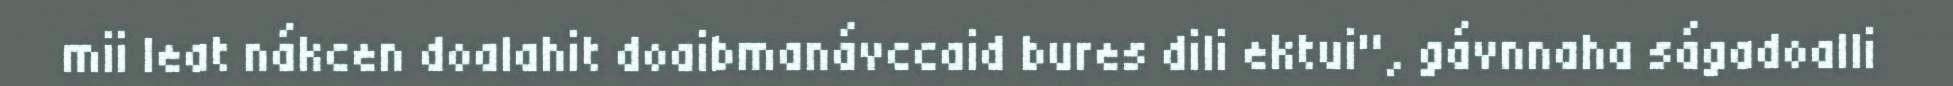
mii leat nákcen doalahit doaibmanávccaid bures dili ektui", gávnnaha ságadoalli